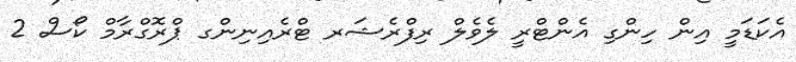
އެކަޑަމީ އިން ހިންގި އެންޓްރީ ލެވެލް ރިފްރެޝަރ ޓްރެއިނިންގ ޕްރޮގްރާމް ކޯސް 2